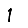
Digit: 1